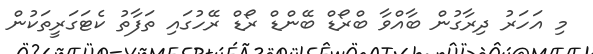
މި އަހަރު ދިރާގުން ބާއްވާ ބްރޯޑް ބޭންޑް ރޯޑް ރޭހުގައި ތަފާތު ކެޓަގަރީތަކުން